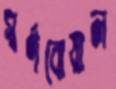
স্বর্ণবোয়াল